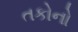
તકોનો